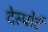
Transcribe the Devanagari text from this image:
देस्पोर्ट